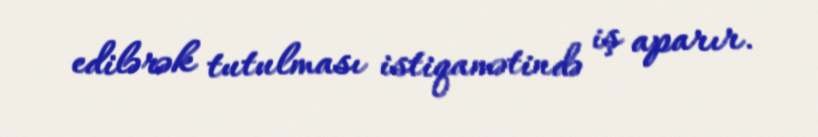
edilərək tutulması istiqamətində iş aparır.